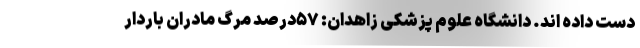
دست داده اند. دانشگاه علوم پزشکی زاهدان: ۵۷درصد مرگ مادران باردار